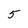
Character: 5